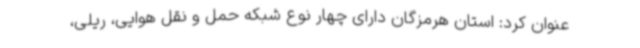
عنوان کرد: استان هرمزگان دارای چهار نوع شبکه حمل و نقل هوایی، ریلی،